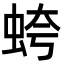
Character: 𧊘